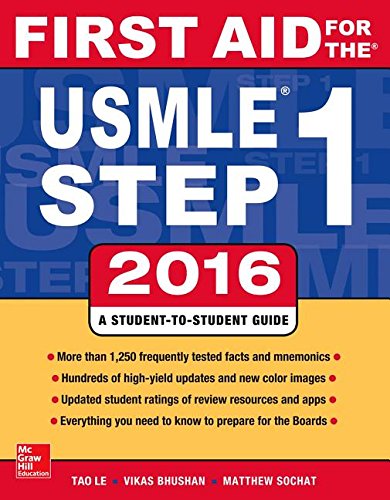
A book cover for First Aid for the USMLE Step 1 2016; Tao Le; Test Preparation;